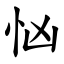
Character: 忷